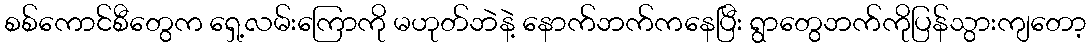
စစ်ကောင်စီတွေက ရှေ့လမ်းကြောကို မဟုတ်ဘဲနဲ့ နောက်ဘက်ကနေပြီး ရွာတွေဘက်ကိုပြန်သွားကျတော့